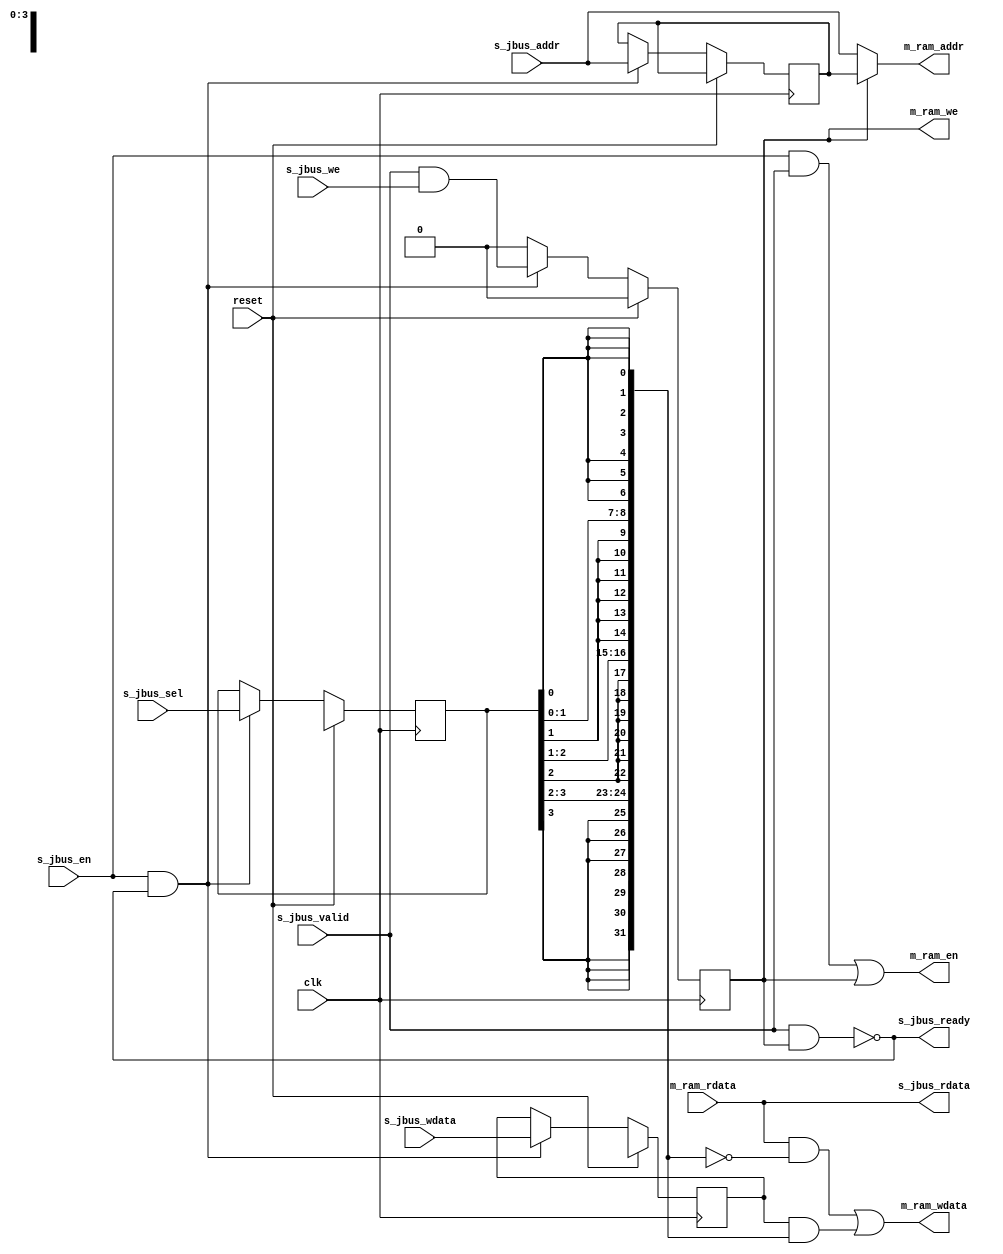
// This program was cloned from: https://github.com/ryuz/jelly
// License: MIT License

// ---------------------------------------------------------------------------
//  Jelly  -- The platform for real-time computing
//
//                                 Copyright (C) 2008-2015 by Ryuz
//                                 https://github.com/ryuz/jelly.git
// ---------------------------------------------------------------------------



`timescale 1ns / 1ps



// block sram interface
module jelly_jbus_to_ram
        #(
            parameter   ADDR_WIDTH  = 12,
            parameter   DATA_WIDTH  = 32,
            parameter   SEL_WIDTH   = (DATA_WIDTH / 8)
        )
        (
            input   wire                        reset,
            input   wire                        clk,
            
            // jelly bus
            input   wire                        s_jbus_en,
            input   wire    [ADDR_WIDTH-1:0]    s_jbus_addr,
            input   wire    [DATA_WIDTH-1:0]    s_jbus_wdata,
            output  wire    [DATA_WIDTH-1:0]    s_jbus_rdata,
            input   wire                        s_jbus_we,
            input   wire    [SEL_WIDTH-1:0]     s_jbus_sel,
            input   wire                        s_jbus_valid,
            output  wire                        s_jbus_ready,
            
            // ram
            output  wire                        m_ram_en,
            output  wire                        m_ram_we,
            output  wire    [ADDR_WIDTH-1:0]    m_ram_addr,
            output  wire    [DATA_WIDTH-1:0]    m_ram_wdata,
            input   wire    [DATA_WIDTH-1:0]    m_ram_rdata
        );
    
    // write control
    reg                         reg_we;
    reg     [ADDR_WIDTH-1:0]    reg_addr;
    reg     [SEL_WIDTH-1:0]     reg_sel;
    reg     [DATA_WIDTH-1:0]    reg_wdata;
    always @( posedge clk ) begin
        if ( reset ) begin
            reg_we    <= 1'b0;
            reg_sel   <= {SEL_WIDTH{1'bx}};
            reg_wdata <= {DATA_WIDTH{1'bx}};
        end
        else begin
            if ( s_jbus_en & s_jbus_ready ) begin
                reg_we    <= s_jbus_valid & s_jbus_we;
                reg_addr  <= s_jbus_addr;
                reg_sel   <= s_jbus_sel;
                reg_wdata <= s_jbus_wdata;
            end
            else begin
                reg_we    <= 1'b0; 
            end
        end
    end
    
    // write mask
    function [DATA_WIDTH-1:0] make_write_mask;
    input   [SEL_WIDTH-1:0] sel;
    integer                 i, j;
    begin
        for ( i = 0; i < SEL_WIDTH; i = i + 1 ) begin
            for ( j = 0; j < 8; j = j + 1 ) begin
                make_write_mask[i*8 + j] = sel[i];
            end
        end
    end
    endfunction
    
    wire    [DATA_WIDTH-1:0]    write_mask;
    assign write_mask = make_write_mask(reg_sel);
    
    assign s_jbus_rdata = m_ram_rdata;
    assign s_jbus_ready = !(s_jbus_valid & reg_we);
    
    assign m_ram_en     = (s_jbus_en & s_jbus_valid) | reg_we;
    assign m_ram_we     = reg_we;
    assign m_ram_addr   = reg_we ? reg_addr : s_jbus_addr;
    assign m_ram_wdata  = (m_ram_rdata & ~write_mask) | (reg_wdata & write_mask);
    
endmodule


// end of file